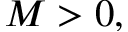
M > 0 ,